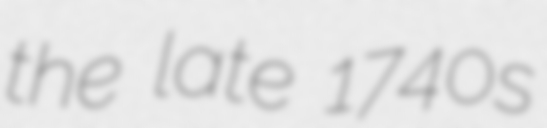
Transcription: the late 1740s